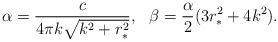
\begin{align*}\alpha=\frac{c}{4\pi k\sqrt{k^2+r_*^2}},\ \ \beta=\frac{\alpha}{2}(3r_*^2+4k^2).\end{align*}